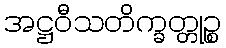
အဋ္ဌဝီသတိက္ခတ္တုဉ္စ